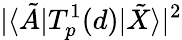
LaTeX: |\langle\tilde{A}|T_{p}^{1}(d)|\tilde{X}\rangle|^{2}